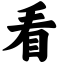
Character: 看